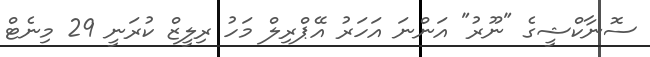
ސޮނާކްޝީގެ "ނޫރު" އަންނަ އަހަރު އޭޕްރިލް މަހު ރިލީޒް ކުރަނީ 29 މިނެޓް